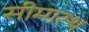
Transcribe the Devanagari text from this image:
सीमास्थ